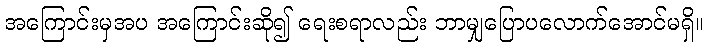
အကြောင်းမှအပ အကြောင်းဆို၍ ရေးစရာလည်း ဘာမျှပြောပလောက်အောင်မရှိ။